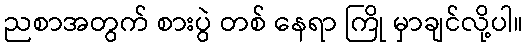
ညစာအတွက် စားပွဲ တစ် နေရာ ကြို မှာချင်လို့ပါ။